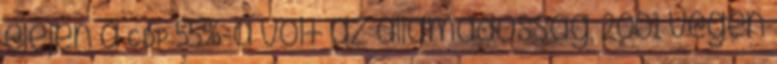
elején a GDP 55%-a volt az államadósság, 2001 végén